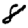
Digit: 8